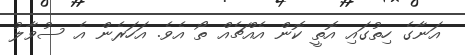
އަނާގެ ހިތުގައި އޮތީ ކޮން އެއްޗެއް ތޯ އެވެ. އަހަރެން އެ ސުވާލު